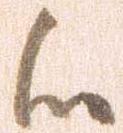
候